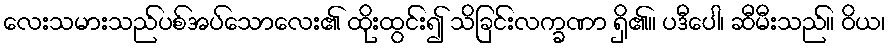
လေးသမားသည်ပစ်အပ်သောလေး၏ ထိုးထွင်း၍ သိခြင်းလက္ခဏာ ရှိ၏။ ပဒီပေါ၊ ဆီမီးသည်။ ဝိယ၊